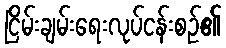
ငြိမ်းချမ်းရေးလုပ်ငန်းစဉ်၏